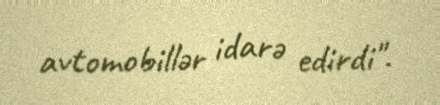
avtomobillər idarə edirdi".